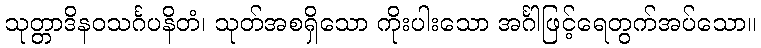
သုတ္တာဒိနဝသင်္ဂပနိတံ၊ သုတ်အစရှိသော ကိုးပါးသော အင်္ဂါဖြင့်ရေတွက်အပ်သော။